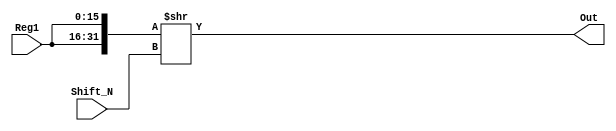
module ROTATE_R (Reg1, Shift_N, Out);

input [15:0] Reg1;
input [3:0] Shift_N;
wire [31:0] hold;
output [15:0] Out;

assign hold = {Reg1,Reg1} >> Shift_N;
assign Out = hold[15:0];
    
endmodule